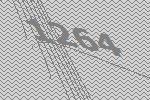
1264